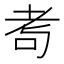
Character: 耉